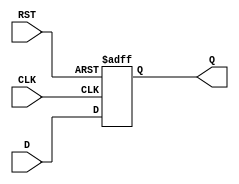
module d_flip_flop(
    input D,     // Data input
    input CLK,   // Clock input
    input RST,   // Reset input
    output reg Q  // Output Q
);

always @(posedge CLK or posedge RST) begin
    if (RST) begin
        Q <= 1'b0; // Reset the flip-flop to 0
    end else begin
        Q <= D; // Store the D input on the rising edge of the clock
    end
end

endmodule